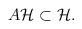
LaTeX: \begin{align*}A\mathcal H\subset\mathcal H.\end{align*}